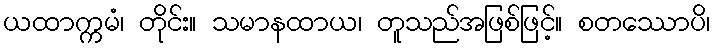
ယထာက္ကမံ၊ တိုင်း။ သမာနထာယ၊ တူသည်အဖြစ်ဖြင့်။ စတဿောပိ၊